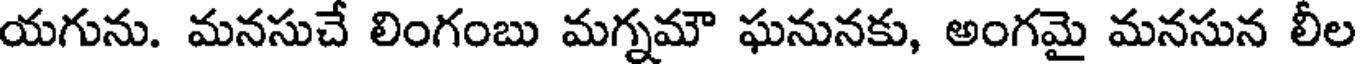
యగును. మనసుచే లింగంబు మగ్నమౌ ఘనునకు, అంగమై మనసున లీల